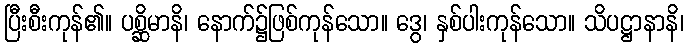
ပြီးစီးကုန်၏။ ပစ္ဆိမာနိ၊ နောက်၌ဖြစ်ကုန်သော။ ဒွေ၊ နှစ်ပါးကုန်သော။ သိပဋ္ဌာနာနိ၊